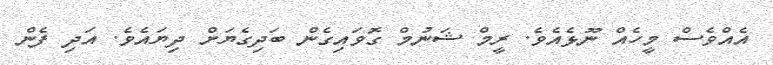
އެއްވެސް މީހެއް ނޫޅެއެވެ. ރީމް ޝަނުމް ގޮވައިގެން ބަދިގެޔަށް ދިޔައެވެ. އަދި ފެން